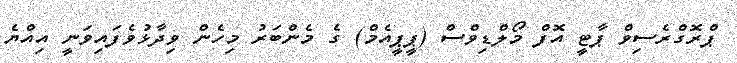
ޕްރޮގްރެސިވް ޕާޓީ އޮފް މޯލްޑިވްސް (ޕީޕީއެމް) ގެ މެންބަރު މިހެން ވިދާޅުވެފައިވަނީ އިއްޔެ